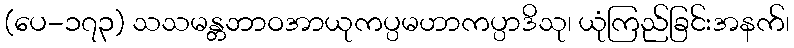
(ပေ-၁၇၃) သသမန္တဘာဝအာယုကပ္ပမဟာကပ္ပာဒိသု၊ ယုံကြည်ခြင်းအနက်၊